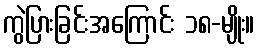
ကွဲပြားခြင်းအကြောင်း ၁၈-မျိုး။